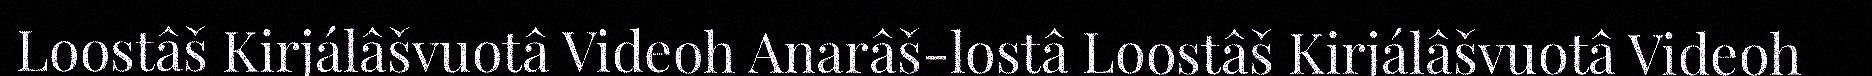
Loostâš Kirjálâšvuotâ Videoh Anarâš-lostâ Loostâš Kirjálâšvuotâ Videoh